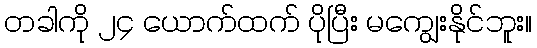
တခါကို ၂၄ ယောက်ထက် ပိုပြီး မကျွေးနိုင်ဘူး။